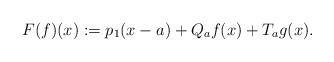
LaTeX: \begin{align*} F(f)(x):=p_1(x-a)+Q_af(x) +T_ag(x).\end{align*}